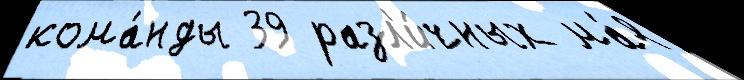
кома́нды 39 разл'и́чных ма́я